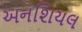
અનશિયલ